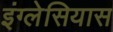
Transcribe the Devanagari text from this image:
इंग्लेसियास